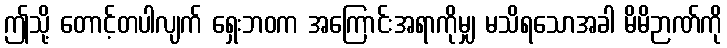
ဤသို့ တောင့်တပါလျက် ရှေးဘဝက အကြောင်းအရာကိုမျှ မသိရသောအခါ မိမိဉာဏ်ကို